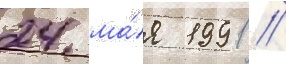
24 ма́я 1991 //